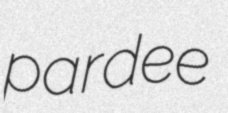
pardee